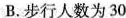
B.步行人数为30